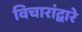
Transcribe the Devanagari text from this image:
विचारांद्वारे